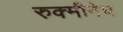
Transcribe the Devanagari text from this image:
रुक्मीनेच